King Institute of Preventive Medicine Bacteriolog. Section reports 1907-08
Year: 1907
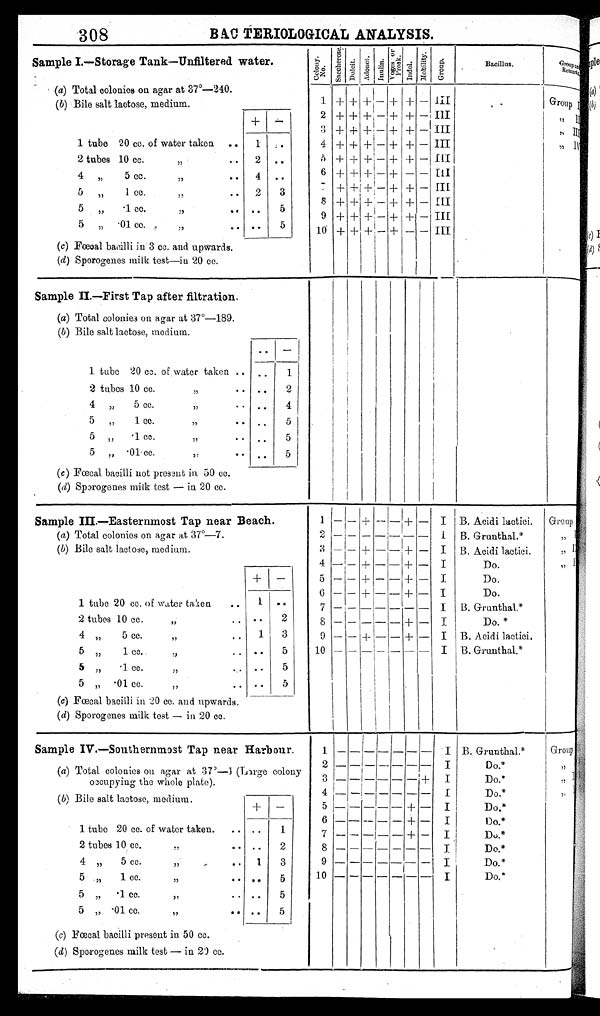
308
BACTERIOLOGICAL ANALYSIS.
Sample I.—Storage Tank—Unfiltered water.
C o l o n y N o . S a c c h e r o s e .
Du l c i t . A d o n e t . I nul i n.
Vo g e s o r P r o s k .
I n d o l .
Mo b i l i t y . G r o u p .
Bacillus.
G r o u p a n d R e m a r k s .
(a) Total colonies on agar at 37º—240.
1 + + + - + + - III
Group I
( b) Bile salt lactose, medium.
+
-
2 + +
+
- + + - III
, , I I
3 + + + - + + - III
, , I I I
1 tube 20 cc. of water taken ..
1 ..
4 + + + - + + - III
, , I V
2 tubes 10 cc. ,,
.. 2 ..
5 + +
+ - + + - III
6 + +
+ - +
- - III
4 „
5 cc.
,,
. . 4
. .
7 +
+
+ - + + - III
5
1 cc.
,,
.. 2
3
8 +
+
+ - + + - III
5 , , . 1 c c , , . . . .
5
9 +
+
+ - + + - III
5 „
. 0 1 c c .
, , . .
. .
5
10 + + + - +
- - III
(c) Fœcal bacilli in 3 cc. and upwards.
(d) Sporogenes milk test—in 20 cc.
Sample II.—First Tap after filtration.
(a) Total colonies on agar at 37º—189.
(b) Bile salt lactose, medium.
. .
-
1 tube 20 cc. of water taken . .
. .
1
2 tubes 10 cc.
,,
.. ..
2
4 „ 5 cc.
,,
. . ..
4
5 ,, 1 cc.
,,
..
. . 5
5 „ .1 cc.
, , . .
. . 5
5 „ .01 cc.
,,
. .
. . 5
( c ) Fœcal bacilli not present in 50 cc.
(d) Sporogenes milk test — in 20 cc.
Sample III.— Easternmost Tap near Beach.
1 - - + - - +
-
I
B. Acidi lactici. Group I
(a) Total colonies on agar at 37º—7.
2
- -
- - -
- - I B. Grunthal.*
, , I I
(b) Bile salt lactose, medium.
3
- - + - -
+ - I B. Acidi lactici.
, , I I I
4 - -
+ - - +
- I
Do.
,, IV
+ -
5 - - + - -
+ - I
Do.
6 - - + - -
+ -
I
Do.
1 tube 20 cc. of water taken
..
1 ..
7 - -
- - -
- - I B. Grunthal.*
2 tubes 10 cc. .. ..
2
8
- -
- - - + - I
Do. *
4 „ 5 cc.
,,
. . 1
3
9 - -
+ - - + -
I B. Acidi lactici.
5
,, 1 cc. ,, .. ..
5
10 - -
- - -
- -
I B. Grunthal.*
5
,,
.1 cc.
, ,
..
5
5 „ .01 cc.
,, .. ..
5
(c) Fœcal bacilli in 20 cc. and upwards.
(d) Sporogenes milk test — in 20 cc.
Sample IV.—Southernmost Tap near Harbour.
1 - -
- - -
- - I B. Grunthal.*
Group I
(a) Total colonies on agar at 37º—1 (Large colony
occupying the whole plate).
2 - -
- - -
- -
I
D o . *
, , I I
3
- -
- - -
- +
I
D o . *
, , I I I
4 - -
- - -
- -
I
Do.*
, , I V
(b) Bile salt lactose, medium.
+
-
5 - -
- - - + -
I
Do.*
6 - -
- - - + -
I
Do.*
. .
1
1 tube 20 cc. of water taken.
..
7 - -
- - - + -
I
Do.*
2 tubes 10 cc. ,, .. . . 2
8 - -
- - -
- -
I
Do.*
4 ,, 5 cc. ,, ..
1
3
9 - -
- - -
- -
I
Do.*
5 „ 1 cc.
,,
. . ..
5
10 - -
- - -
- -
I
D o . *
5 ,, .1 cc.
, , . .
. .
5
5 „ .01 cc.
,,
. . ..
5
(c) Fœcal bacilli present in 50 cc.
(d ) Sporogenes milk test — in 20 cc.